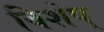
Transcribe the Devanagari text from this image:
विशेष्